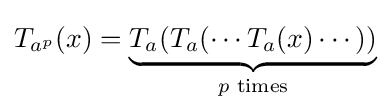
T_{a^{p}}(x)=\underbrace {T_{a}(T_{a}(\cdots T_{a}(x)\cdots ))} _{p{\text{ times}}}